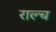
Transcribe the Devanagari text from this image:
राल्च